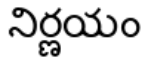
నిర్ణయం